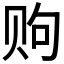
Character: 𫎧